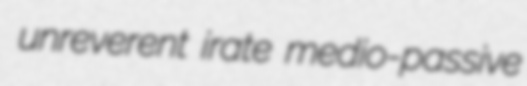
unreverent irate medio-passive